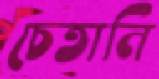
চেতানি